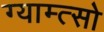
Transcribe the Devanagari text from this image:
ग्याम्त्सो